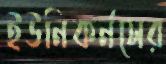
ইউনিকর্নসের